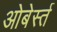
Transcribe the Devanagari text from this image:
ओबेर्स्त